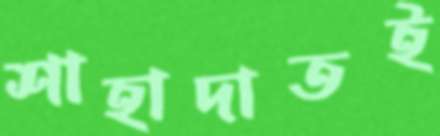
শাহাদাতই